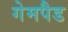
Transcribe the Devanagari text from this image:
गेमपैड